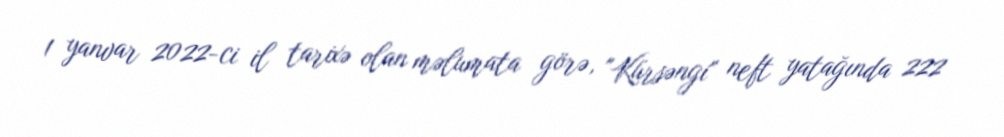
1 yanvar 2022-ci il tarixə olan məlumata görə, "Kürsəngi" neft yatağında 222